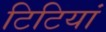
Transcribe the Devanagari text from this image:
टिटियां